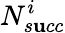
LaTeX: N_{s\mathbf{u}cc}^{i}